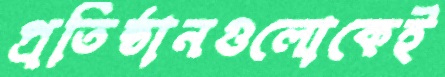
প্রতিষ্ঠানগুলোকেই